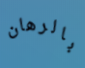
بالرهان